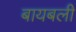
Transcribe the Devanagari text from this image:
बायबली